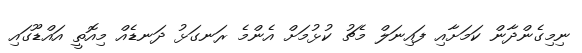
ނިމިގެންދާން ކަމަށާއި ފައިނަލް މެޗު ކުޅުމަށް އެންމެ ރަނގަޅު ދަނޑެއް މިއޮތީ އައްޑޫގައި